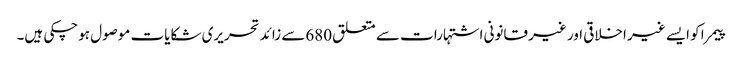
پیمرا کو ایسے غیر اخلاقی اور غیر قانونی اشتہارات سے متعلق 680سے زائد تحریری شکایات موصول ہوچکی ہیں۔